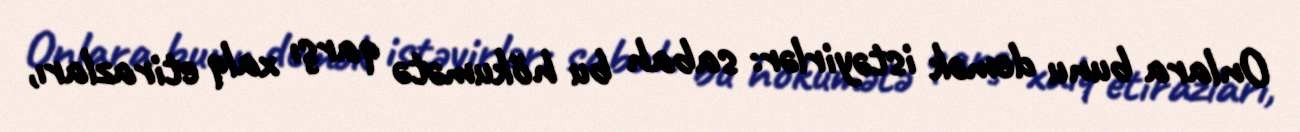
Onlara bunu demək istəyirlər: sabah bu hökumətə qarşı xalq etirazları,